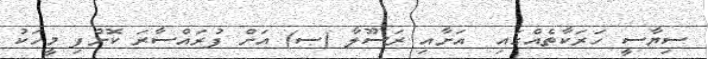
ސިޔާސީ ހަރަކާތެއްގައި  އަށާއި ރަސޫލާ (ޞ) އަށް ފުރައްސާރަ ކޮށްފި މީހަކު